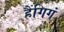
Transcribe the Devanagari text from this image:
हैंगिगं